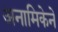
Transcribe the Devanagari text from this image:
अनामिकेने